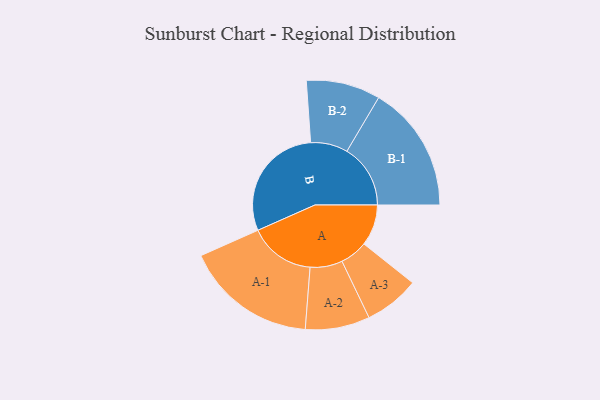
{"axis": {"x": "Segment", "y": "Value"}, "legend": ["", "A", "B"], "data": [{"x": "A", "y": 170, "type": ""}, {"x": "B", "y": 485, "type": ""}, {"x": "A-1", "y": 272, "type": "A"}, {"x": "A-2", "y": 133, "type": "A"}, {"x": "A-3", "y": 114, "type": "A"}, {"x": "B-1", "y": 262, "type": "B"}, {"x": "B-2", "y": 153, "type": "B"}]}